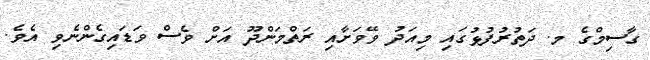
ގާސިމްގެ މ. ދަތުރުފުޅުގައި މިއަދު ވޭވަށާއި ރަތްމަންދޫ އަށް ވެސް ވަޑައިގެންނެވި އެވެ.